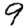
Digit: 9